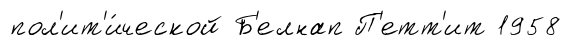
пол'ит'и́ческой Б'елнап П'етт'ит 1958